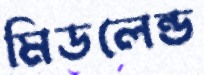
মিডলেন্ড